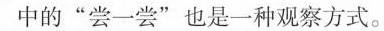
采用的是拟人的修辞手法。[c]”我小时候，有一次杨梅吃得太多，感觉牙齿又酸又软。”这句话中的”尝一尝”也是一种观察方式。